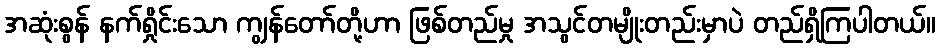
အဆုံးစွန် နက်ရှိုင်းသော ကျွန်တော်တို့ဟာ ဖြစ်တည်မှု အသွင်တမျိုးတည်းမှာပဲ တည်ရှိကြပါတယ်။